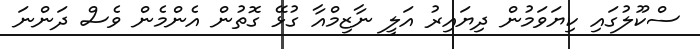
ސްކޫލުގައި ކިޔަވަމުން ދިޔައިރު އަލީ ނާޒިމްއާ ގުޅޭ ގޮތުން އެންމެން ވެސް ދަންނަ